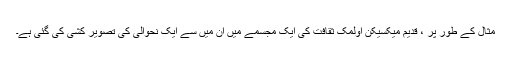
مثال کے طور پر ، قدیم میکسیکن اولمک ثقافت کی ایک مجسمے میں ان میں سے ایک نحوالی کی تصویر کشی کی گئی ہے۔